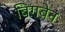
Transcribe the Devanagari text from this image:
बिगबेन